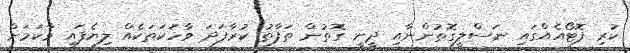
ކުރި ފޮޓޯއެއްގައި ނަސްލީގޮތުންނާއި ދީނީ ގޮތުން ތަފާތު ކުރާފަދަ ވާހަކަތަކެއް ލިޔެފައި ވާކަމަށް